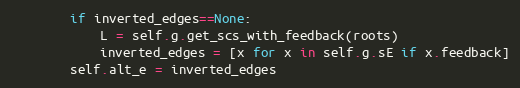
Language: Python
        if inverted_edges==None:
            L = self.g.get_scs_with_feedback(roots)
            inverted_edges = [x for x in self.g.sE if x.feedback]
        self.alt_e = inverted_edges